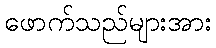
ဖောက်သည်များအား